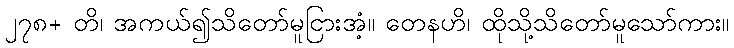
၂၇၈+ တိ၊ အကယ်၍သိတော်မူငြားအံ့။ တေနဟိ၊ ထိုသို့သိတော်မူသော်ကား။